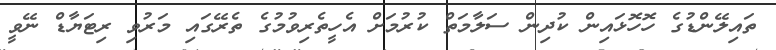
ތައިލޭންޑުގެ ހޮހޮޅައިން ކުދިން ސަލާމަތް ކުރުމަށް އެހީތެރިވުމުގެ ތެރޭގައި މަރުވި ރިޓަޔާޑް ނޭވީ